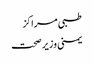
طبی مراکز
یمنی وزیر صحت